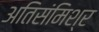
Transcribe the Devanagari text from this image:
अतिसंमिश्र